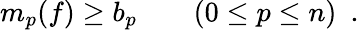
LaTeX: m_{p}(f)\geq b_{p}\qquad(0\leq p\leq n)\ \ .